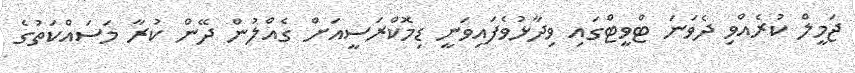
ޖަމީލް ކުރެއްވި ދެވަނަ ޓްވީޓްގައި ވިދާޅުވެފައިވަނީ ޑިމޮކްރަސީއަށް ގެއްލުން ދޭން ކުރާ މަސައްކަތުގެ